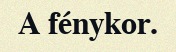
A fénykor.